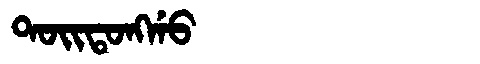
Manchu: ᡨᠣᡳᡨᠣᠩᡤᠣ
Romanization: TOITONGGO